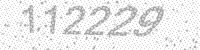
Solution: 112229